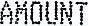
AMOUNT